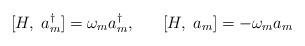
LaTeX: \begin{align*}[H, \; a^{\dagger}_{m} ] = \omega_{m} a^{\dagger}_{m} , \; \; \; \; \; \; [H, \; a_{m} ] = - \omega_{m} a_{m} \end{align*}